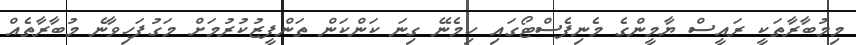
މިމުބާރާތަކީ ރައީސް ޔާމީންގެ މެނިފެސްޓޯގައި ހިމެނޭ ގިނަ ކަންކަން ތަންފީޒުކުރުމަށް މަގުފަހިވާނެ މުބާރާތެއް